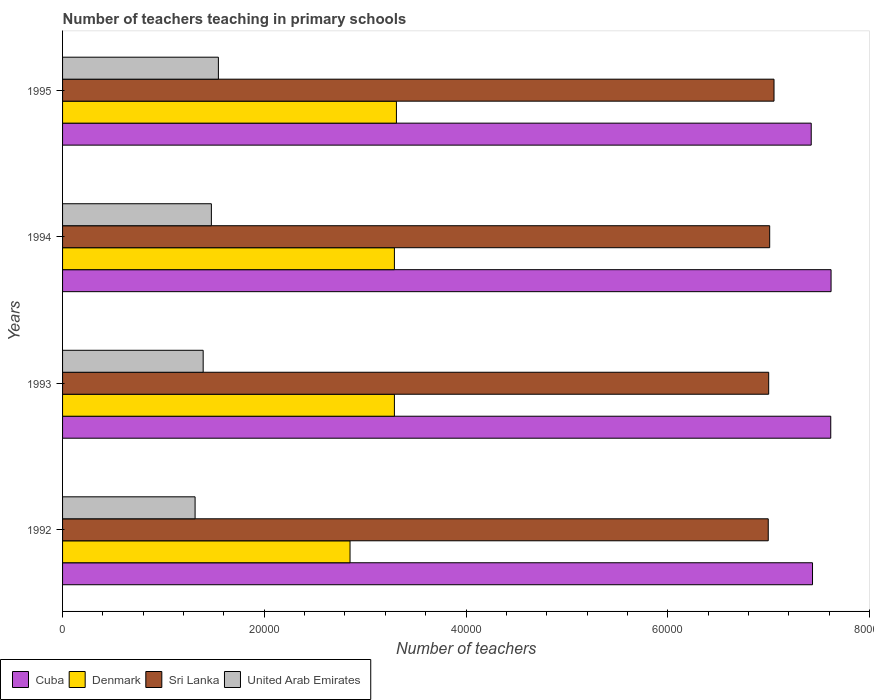
| Years | Cuba | Denmark | Sri Lanka | United Arab Emirates |
 | --- | --- | --- | --- | --- |
 | 1992 | 7.44e+04 | 2.85e+04 | 7e+04 | 1.31e+04 |
 | 1993 | 7.62e+04 | 3.29e+04 | 7e+04 | 1.39e+04 |
 | 1994 | 7.62e+04 | 3.29e+04 | 7.01e+04 | 1.48e+04 |
 | 1995 | 7.42e+04 | 3.31e+04 | 7.05e+04 | 1.54e+04 |